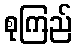
စုကြည်